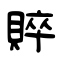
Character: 賥